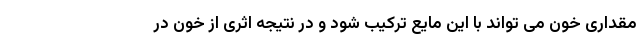
مقداری خون می تواند با این مایع ترکیب شود و در نتیجه اثری از خون در